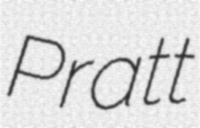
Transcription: Pratt